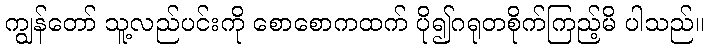
ကျွန်တော် သူ့လည်ပင်းကို စောစောကထက် ပို၍ဂရုတစိုက်ကြည့်မိ ပါသည်။